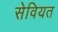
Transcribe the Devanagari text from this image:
सेवियत